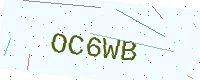
Text: OC6WB